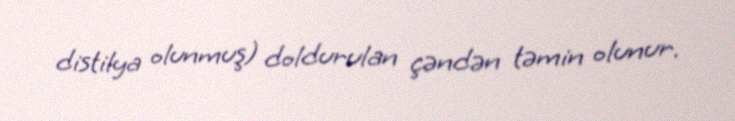
distilya olunmuş) doldurulan çəndən təmin olunur.